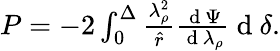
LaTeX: \begin{array}{r}{P=-2\int_{0}^{\Delta}\frac{\lambda_{\rho}^{2}}{\hat{r}}\frac{\mathrm{~d~}\Psi}{\mathrm{~d~}\lambda_{\rho}}\mathrm{~d~}\delta.}\end{array}